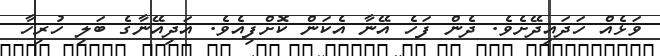
ވަޅެއް ހަދައިދޭށެވެ. ދެން ފަހެ އޭނާ އެކަން ކޮށްފިއެވެ. އަދިއޭނާގެ ބަލި ހުރިހާ